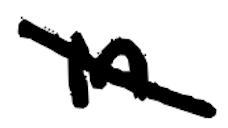
Text: in
Cross-out: diagonal
Writing tool: digital_black